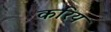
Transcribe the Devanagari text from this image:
करिय